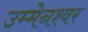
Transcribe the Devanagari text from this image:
उम्मेनश्वर